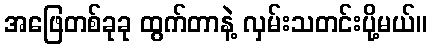
အဖြေတစ်ခုခု ထွက်တာနဲ့ လှမ်းသတင်းပို့မယ်။